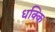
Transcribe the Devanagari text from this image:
धक्कि